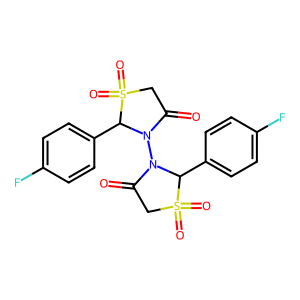
SMILES: O=C1CS(=O)(=O)C(c2ccc(F)cc2)N1N1C(=O)CS(=O)(=O)C1c1ccc(F)cc1
Inhibits HIV replication: No